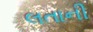
લતાની